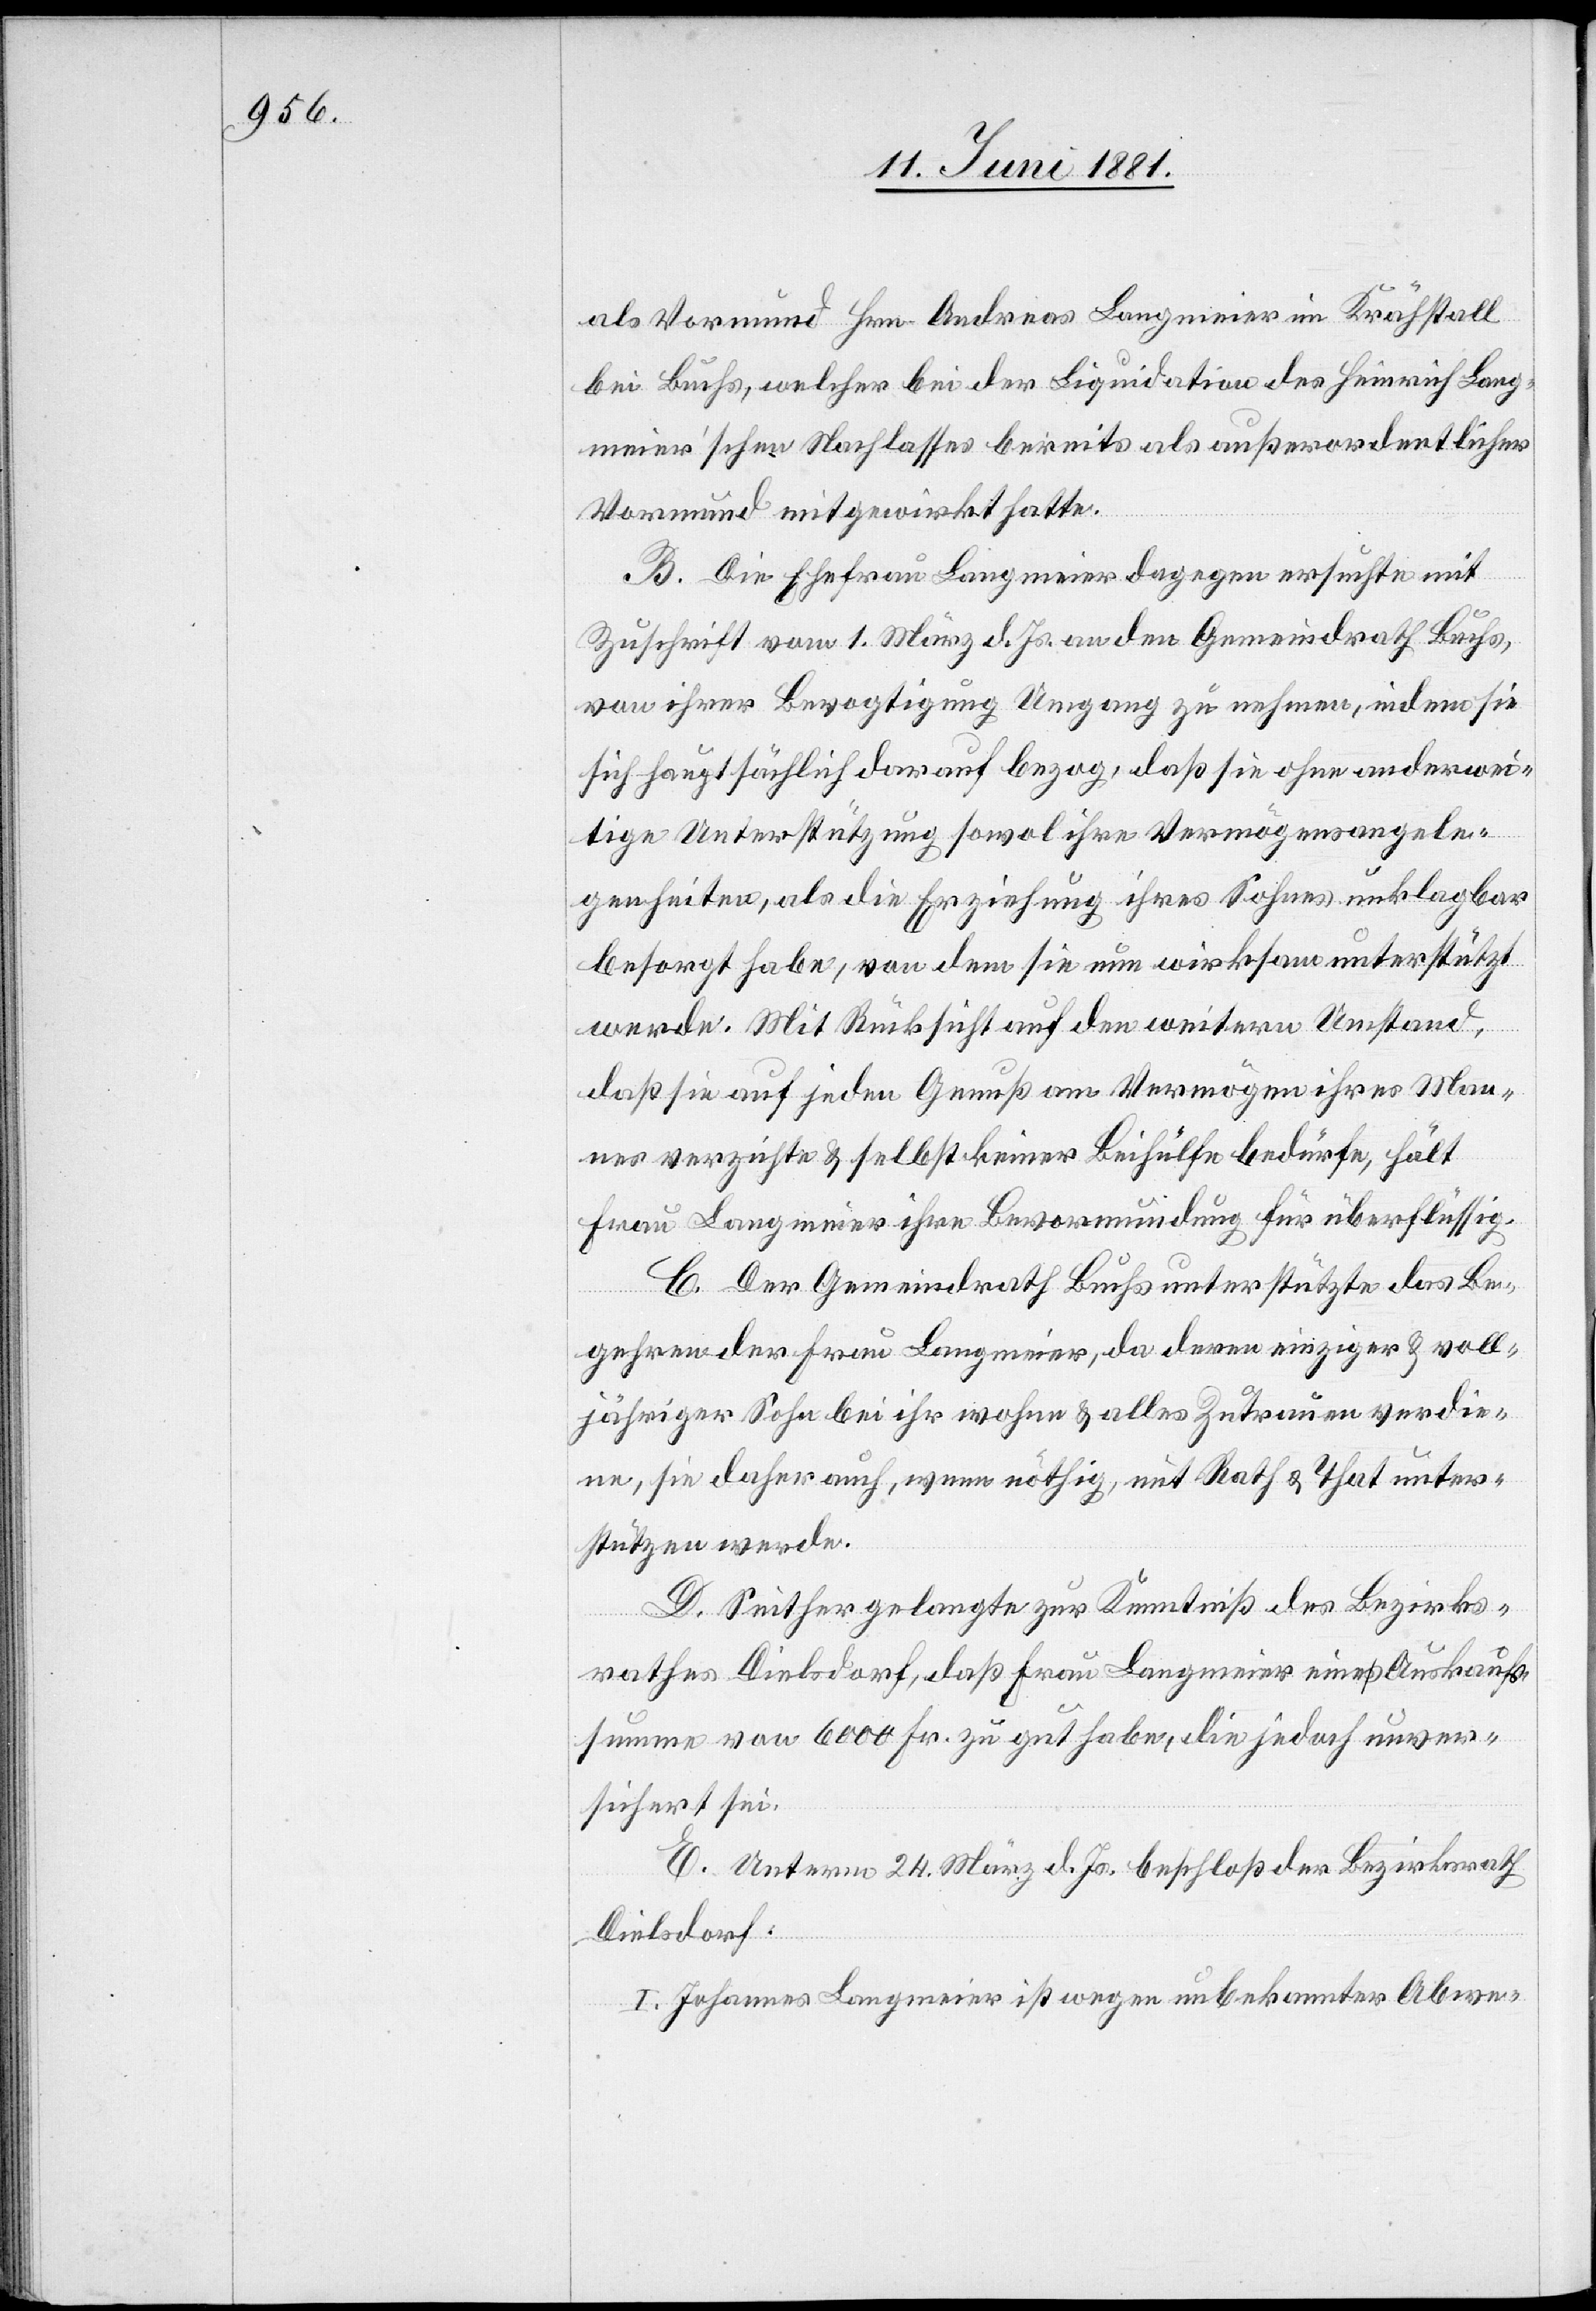
als Vormund Hrn. Andreas Langmeier im Krähstall
bei Buchs, welcher bei der Liquidation des Heinrich Lang¬
meier’schen Nachlasses bereits als außerordentlicher
Vormund mitgewirkt hatte.
B. Die Ehefrau Langmeier dagegen ersuchte mit
Zuschrift vom 1. März d. Js. an den Gemeindrath Buchs,
von ihrer Bevogtigung Umgang zu nehmen, indem sie
sich hauptsächlich darauf bezog, daß sie ohne anderwei¬
tige Unterstützung sowol ihre Vermögensangele¬
genheiten, als die Erziehung ihres Sohnes unklagbar
besorgt habe, von dem sie nun wirksam unterstützt
werde. Mit Rücksicht auf den weitern Umstand,
daß sie auf jeden Genuß am Vermögen ihres Man¬
nes verzichte & selbst keiner Beihülfe bedürfe, hält
Frau Langmeier ihre Bevormundung für überflüssig.
C. Der Gemeindrath Buchs unterstützte das Be¬
gehren der Frau Langmeier, da deren einziger & voll¬
jähriger Sohn bei ihr wohne & alles Zutrauen verdie¬
ne, sie daher auch, wenn nöthig, mit Rath & That unter¬
stützen werde.
D. Seither gelangte zur Kenntniß des Bezirks¬
rathes Dielsdorf, daß Frau Langmeier eine Auskaufs¬
summe von 6000 Fr. zu gut habe, die jedoch unver¬
sichert sei.
E. Unterm 24. März d. Js. beschloß der Bezirksrath
Dielsdorf:
I. Johannes Langmeier ist wegen unbekannter Abwe-